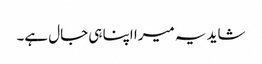
شاید یہ میرا اپنا ہی جال ہے۔